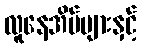
လူနေအိမ်များနှင့်